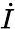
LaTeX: \dot{I}